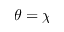
\theta = \chi